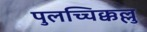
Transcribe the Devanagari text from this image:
पुलच्चिक्कल्लु